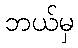
ဘယ်မှ